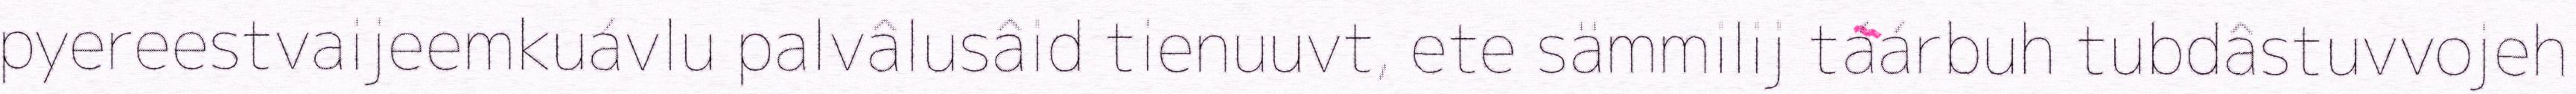
pyereestvaijeemkuávlu palvâlusâid tienuuvt, ete sämmilij táárbuh tubdâstuvvojeh